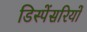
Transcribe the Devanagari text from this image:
डिस्पेंसरियों